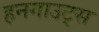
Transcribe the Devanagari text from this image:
हनगाउट्स